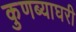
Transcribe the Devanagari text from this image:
कुणब्याघरी